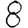
Digit: 8